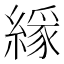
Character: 𦄘